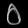
Digit: ၀